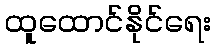
ထူထောင်နိုင်ရေး